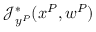
\mathcal { J } _ { y ^ { P } } ^ { * } ( x ^ { P } , w ^ { P } )